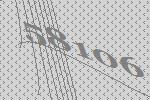
58106